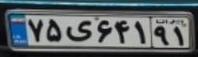
۷۵ی۶۴۱۹۱